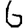
Digit: 6